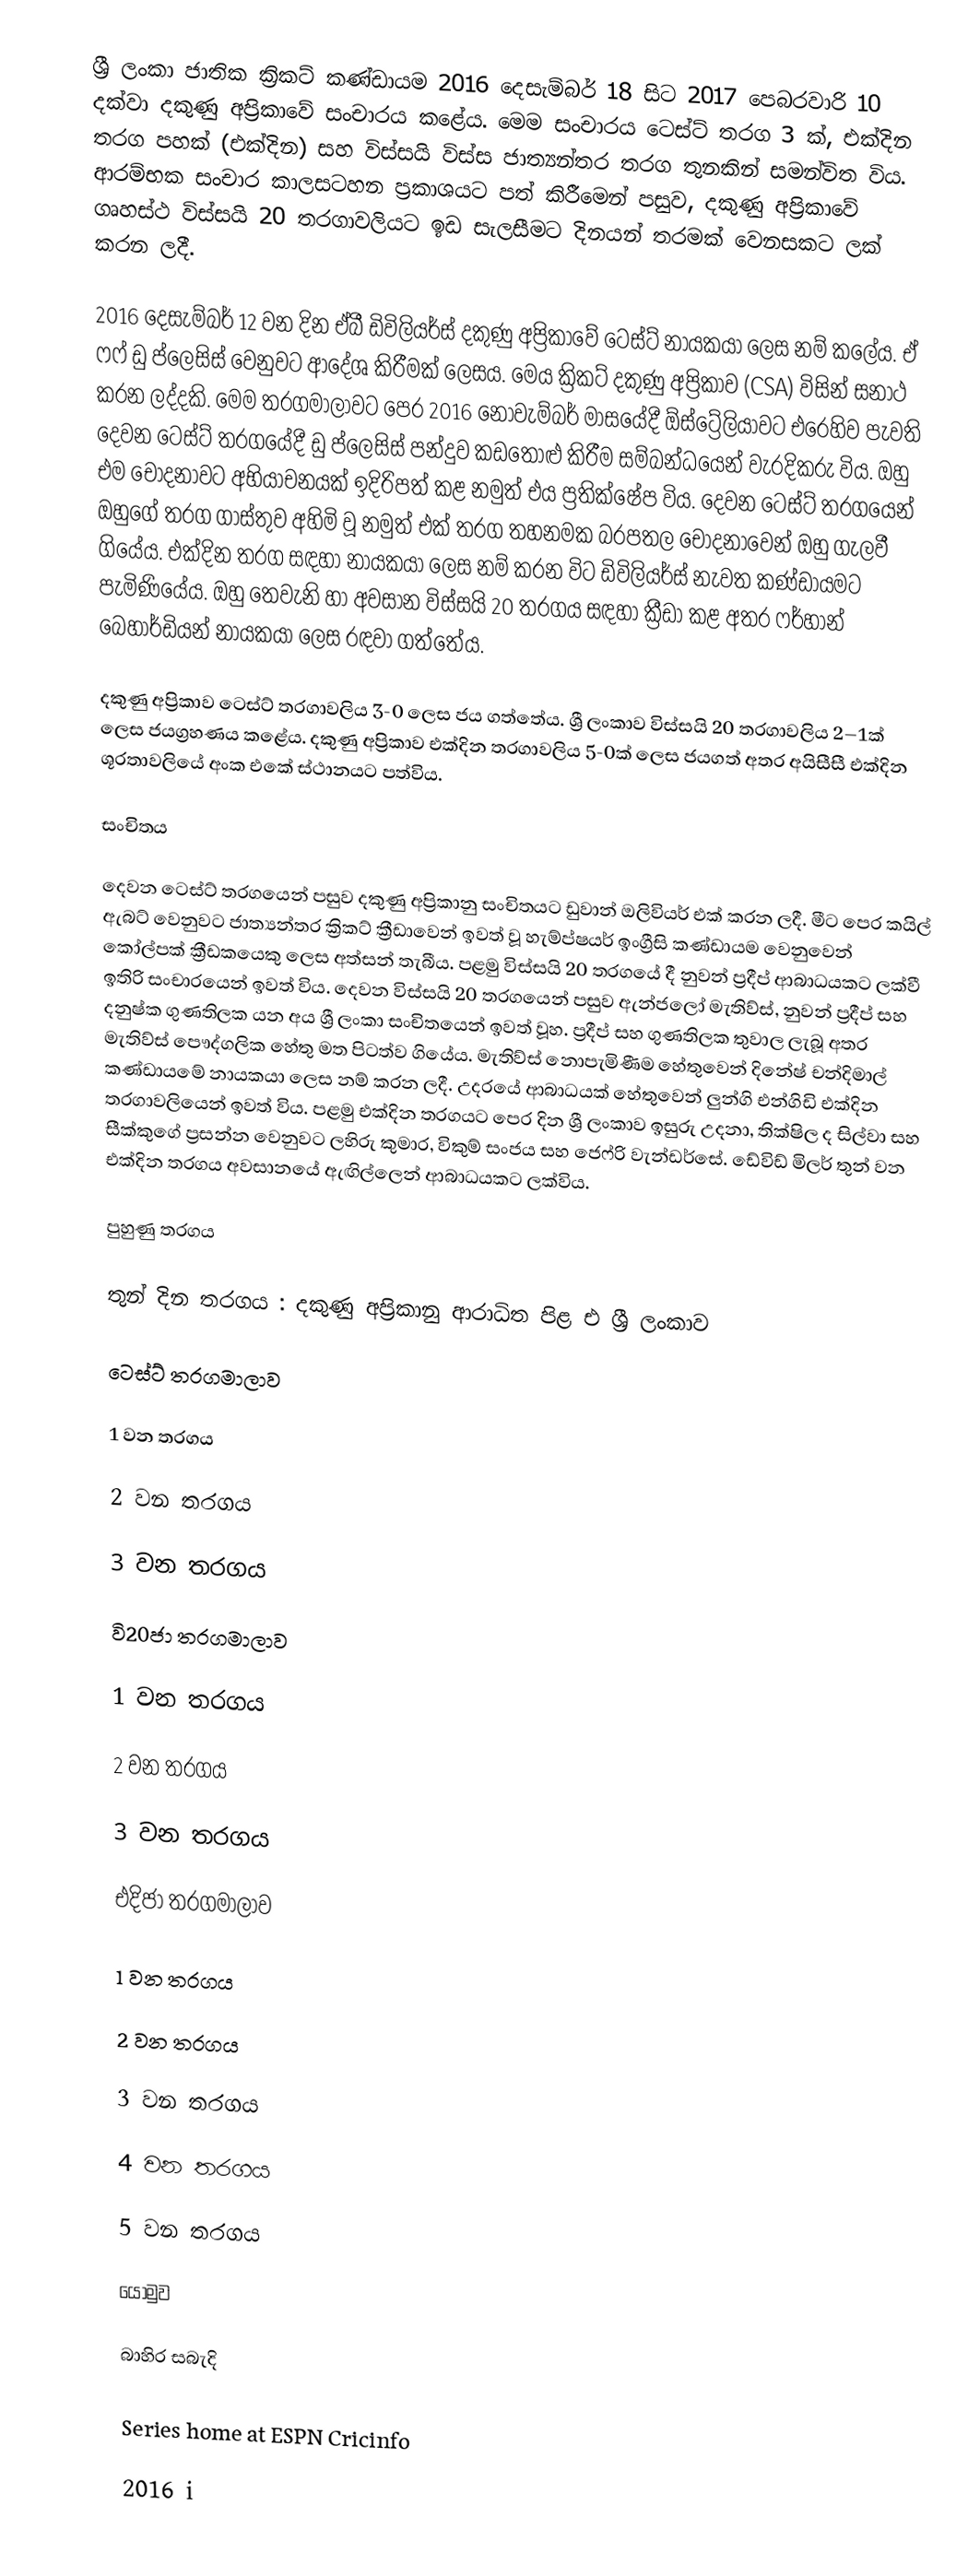
ශ්‍රී ලංකා ජාතික ක්‍රිකට් කණ්ඩායම 2016 දෙසැම්බර් 18 සිට 2017 පෙබරවාරි 10 දක්වා දකුණු අප්‍රිකාවේ සංචාරය කළේය. මෙම සංචාරය ටෙස්ට් තරග 3 ක්, එක්දින තරග පහක් (එක්දින) සහ විස්සයි විස්ස ජාත්‍යන්තර තරග තුනකින් සමන්විත විය. ආරම්භක සංචාර කාලසටහන ප්‍රකාශයට පත් කිරීමෙන් පසුව, දකුණු අප්‍රිකාවේ ගෘහස්ථ විස්සයි 20 තරගාවලියට ඉඩ සැලසීමට දිනයන් තරමක් වෙනසකට ලක් කරන ලදී.

2016 දෙසැම්බර් 12 වන දින ඒබී ඩිවිලියර්ස් දකුණු අප්‍රිකාවේ ටෙස්ට් නායකයා ලෙස නම් කලේය. ඒ ෆෆ් ඩු ප්ලෙසිස් වෙනුවට ආදේශ කිරීමක් ලෙසය. මෙය ක්‍රිකට් දකුණු අප්‍රිකාව (CSA) විසින් සනාථ කරන ලද්දකි. මෙම තරගමාලාවට පෙර 2016 නොවැම්බර් මාසයේදී ඕස්ට්‍රේලියාවට එරෙහිව පැවති දෙවන ටෙස්ට් තරගයේදී ඩු ප්ලෙසිස් පන්දුව කඩතොළු කිරීම සම්බන්ධයෙන් වැරදිකරු විය. ඔහු එම චෝදනාවට අභියාචනයක් ඉදිරිපත් කළ නමුත් එය ප්‍රතික්ෂේප විය. දෙවන ටෙස්ට් තරගයෙන් ඔහුගේ තරග ගාස්තුව අහිමි වූ නමුත් එක් තරග තහනමක බරපතල චෝදනාවෙන් ඔහු ගැලවී ගියේය. එක්දින තරග සඳහා නායකයා ලෙස නම් කරන විට ඩිවිලියර්ස් නැවත කණ්ඩායමට පැමිණියේය. ඔහු තෙවැනි හා අවසාන විස්සයි 20 තරගය සඳහා ක්‍රීඩා කළ අතර ෆර්හාන් බෙහාර්ඩියන් නායකයා ලෙස රඳවා ගත්තේය.

දකුණු අප්‍රිකාව ටෙස්ට් තරගාවලිය 3-0 ලෙස ජය ගත්තේය. ශ්‍රී ලංකාව විස්සයි 20 තරගාවලිය 2–1ක් ලෙස ජයග්‍රහණය කළේය. දකුණු අප්‍රිකාව එක්දින තරගාවලිය 5-0ක් ලෙස ජයගත් අතර අයිසීසී එක්දින ශූරතාවලියේ අංක එකේ ස්ථානයට පත්විය.

සංචිතය

දෙවන ටෙස්ට් තරගයෙන් පසුව දකුණු අප්‍රිකානු සංචිතයට ඩුවාන් ඔලිවියර් එක් කරන ලදී. මීට පෙර කයිල් ඇබට් වෙනුවට ජාත්‍යන්තර ක්‍රිකට් ක්‍රීඩාවෙන් ඉවත් වූ හැම්ප්ෂයර් ඉංග්‍රීසි කණ්ඩායම වෙනුවෙන් කෝල්පක් ක්‍රීඩකයෙකු ලෙස අත්සන් තැබීය. පළමු විස්සයි 20 තරගයේ දී නුවන් ප්‍රදීප් ආබාධයකට ලක්වී ඉතිරි සංචාරයෙන් ඉවත් විය. දෙවන විස්සයි 20 තරගයෙන් පසුව ඇන්ජලෝ මැතිව්ස්, නුවන් ප්‍රදීප් සහ දනුෂ්ක ගුණතිලක යන අය ශ්‍රී ලංකා සංචිතයෙන් ඉවත් වූහ. ප්‍රදීප් සහ ගුණතිලක තුවාල ලැබූ අතර මැතිව්ස් පෞද්ගලික හේතු මත පිටත්ව ගියේය. මැතිව්ස් නොපැමිණීම හේතුවෙන් දිනේෂ් චන්දිමාල් කණ්ඩායමේ නායකයා ලෙස නම් කරන ලදී. උදරයේ ආබාධයක් හේතුවෙන් ලුන්ගි එන්ගිඩි එක්දින තරගාවලියෙන් ඉවත් විය. පළමු එක්දින තරගයට පෙර දින ශ්‍රී ලංකාව ඉසුරු උදනා, තික්ෂිල ද සිල්වා සහ සීක්කුගේ ප්‍රසන්න වෙනුවට ලහිරු කුමාර, විකුම් සංජය සහ ජෙෆ්රි වැන්ඩර්සේ. ඩේවිඩ් මිලර් තුන් වන එක්දින තරගය අවසානයේ ඇඟිල්ලෙන් ආබාධයකට ලක්විය.

පුහුණු තරගය

තුන් දින තරගය : දකුණු අප්‍රිකානු ආරාධිත පිළ එ ශ්‍රී ලංකාව

ටෙස්ට් තරගමාලාව

1 වන තරගය

2 වන තරගය

3 වන තරගය

වි20ජා තරගමාලාව

1 වන තරගය

2 වන තරගය

3 වන තරගය

එදිජා තරගමාලාව

1 වන තරගය

2 වන තරගය

3 වන තරගය

4 වන තරගය

5 වන තරගය

යොමුව

බාහිර සබැදි

 Series home at ESPN Cricinfo

2016 i